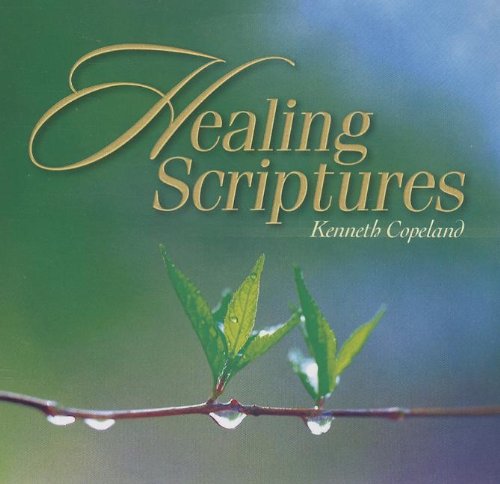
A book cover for Healing Scriptures CD; Kenneth Copeland; Christian Books & Bibles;